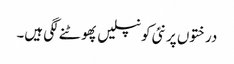
درختوں پر نئی کونپلیں پھوٹنے لگی ہیں۔